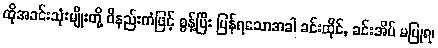
ထိုအခင်းသုံးမျိုးတို့ ဝိနည်းကံဖြင့် စွန့်ပြီး ပြန်ရသောအခါ ခင်းထိုင်, ခင်းအိပ် မပြုရ၊